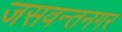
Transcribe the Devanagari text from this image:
जसवन्तनगर